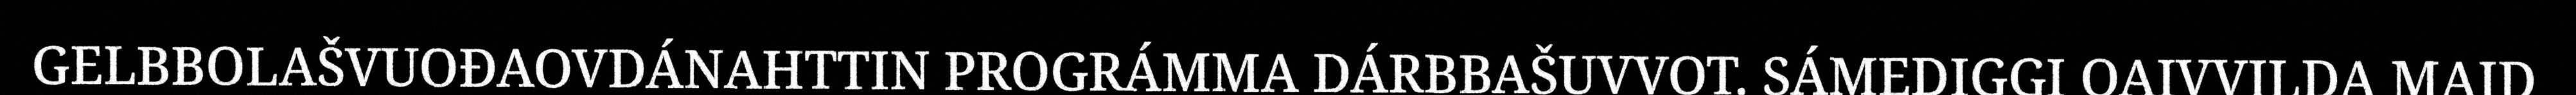
GELBBOLAŠVUOĐAOVDÁNAHTTIN PROGRÁMMA DÁRBBAŠUVVOT. SÁMEDIGGI OAIVVILDA MAID